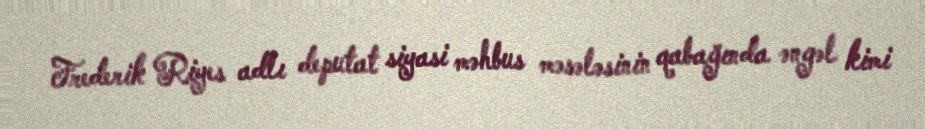
Frederik Riyes adlı deputat siyasi məhbus məsələsinin qabağında əngəl kimi